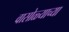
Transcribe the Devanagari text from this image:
वासोळ्याच्या